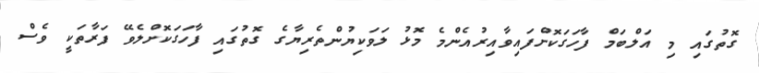
ގޮތުގައި މި އަލްބަމް ފާހަގަކޮށްފައިވާއިރުއެންމެ މޮޅު ލަވަކިޔުންތެރިޔާގެ ގޮތުގައި ފާހަގަކޮށްލެވޭ ފަރާތަކީ ވެސް